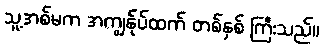
သူ့အစ်မက အကျွန်ုပ်ထက် တစ်နှစ် ကြီးသည်။